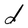
Character: d